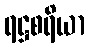
ရဋ္ဌစရိယာ